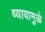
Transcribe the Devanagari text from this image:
व्यायामुळे